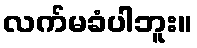
လက်မခံပါဘူး။